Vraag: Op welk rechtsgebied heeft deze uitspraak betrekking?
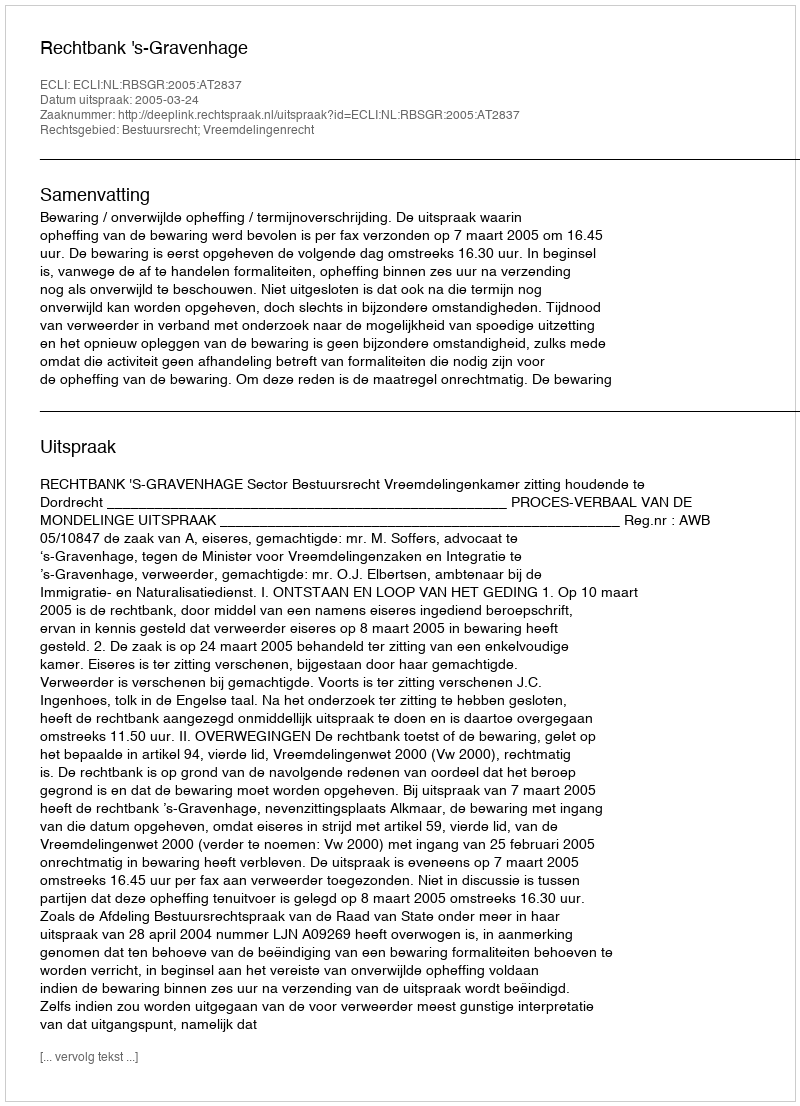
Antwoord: Bestuursrecht; Vreemdelingenrecht